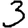
Digit: 3